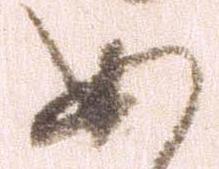
あ